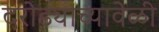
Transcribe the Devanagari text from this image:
दरोड्याच्यावेळी